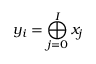
y _ { i } = \bigoplus _ { j = 0 } ^ { I } x _ { j }